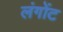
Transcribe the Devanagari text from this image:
लंगोंट